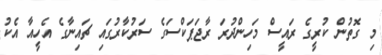
މި ގޮތުން ކުރީގެ ރައީސް މަހިންދުރަ ރާޖަޕަކްސަގެ ސަރުކާރުގައި ޗައިނާގެ އެހީއާ އެކު